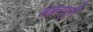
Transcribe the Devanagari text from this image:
लहरपुरी